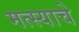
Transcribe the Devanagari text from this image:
मत्स्याचे